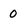
Character: 0